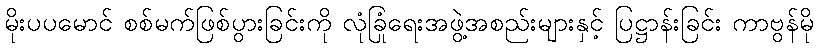
မိုးပပမောင် စစ်မက်ဖြစ်ပွားခြင်းကို လုံခြုံရေးအဖွဲ့အစည်းများနှင့် ပြဋ္ဌာန်းခြင်း ကာဗွန်မို